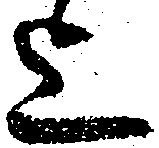
迄